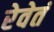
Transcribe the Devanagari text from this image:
रेवेतं